65_HS1-834228961_62-HQ-83894_Serial_130
Agency: FBI
Page 41
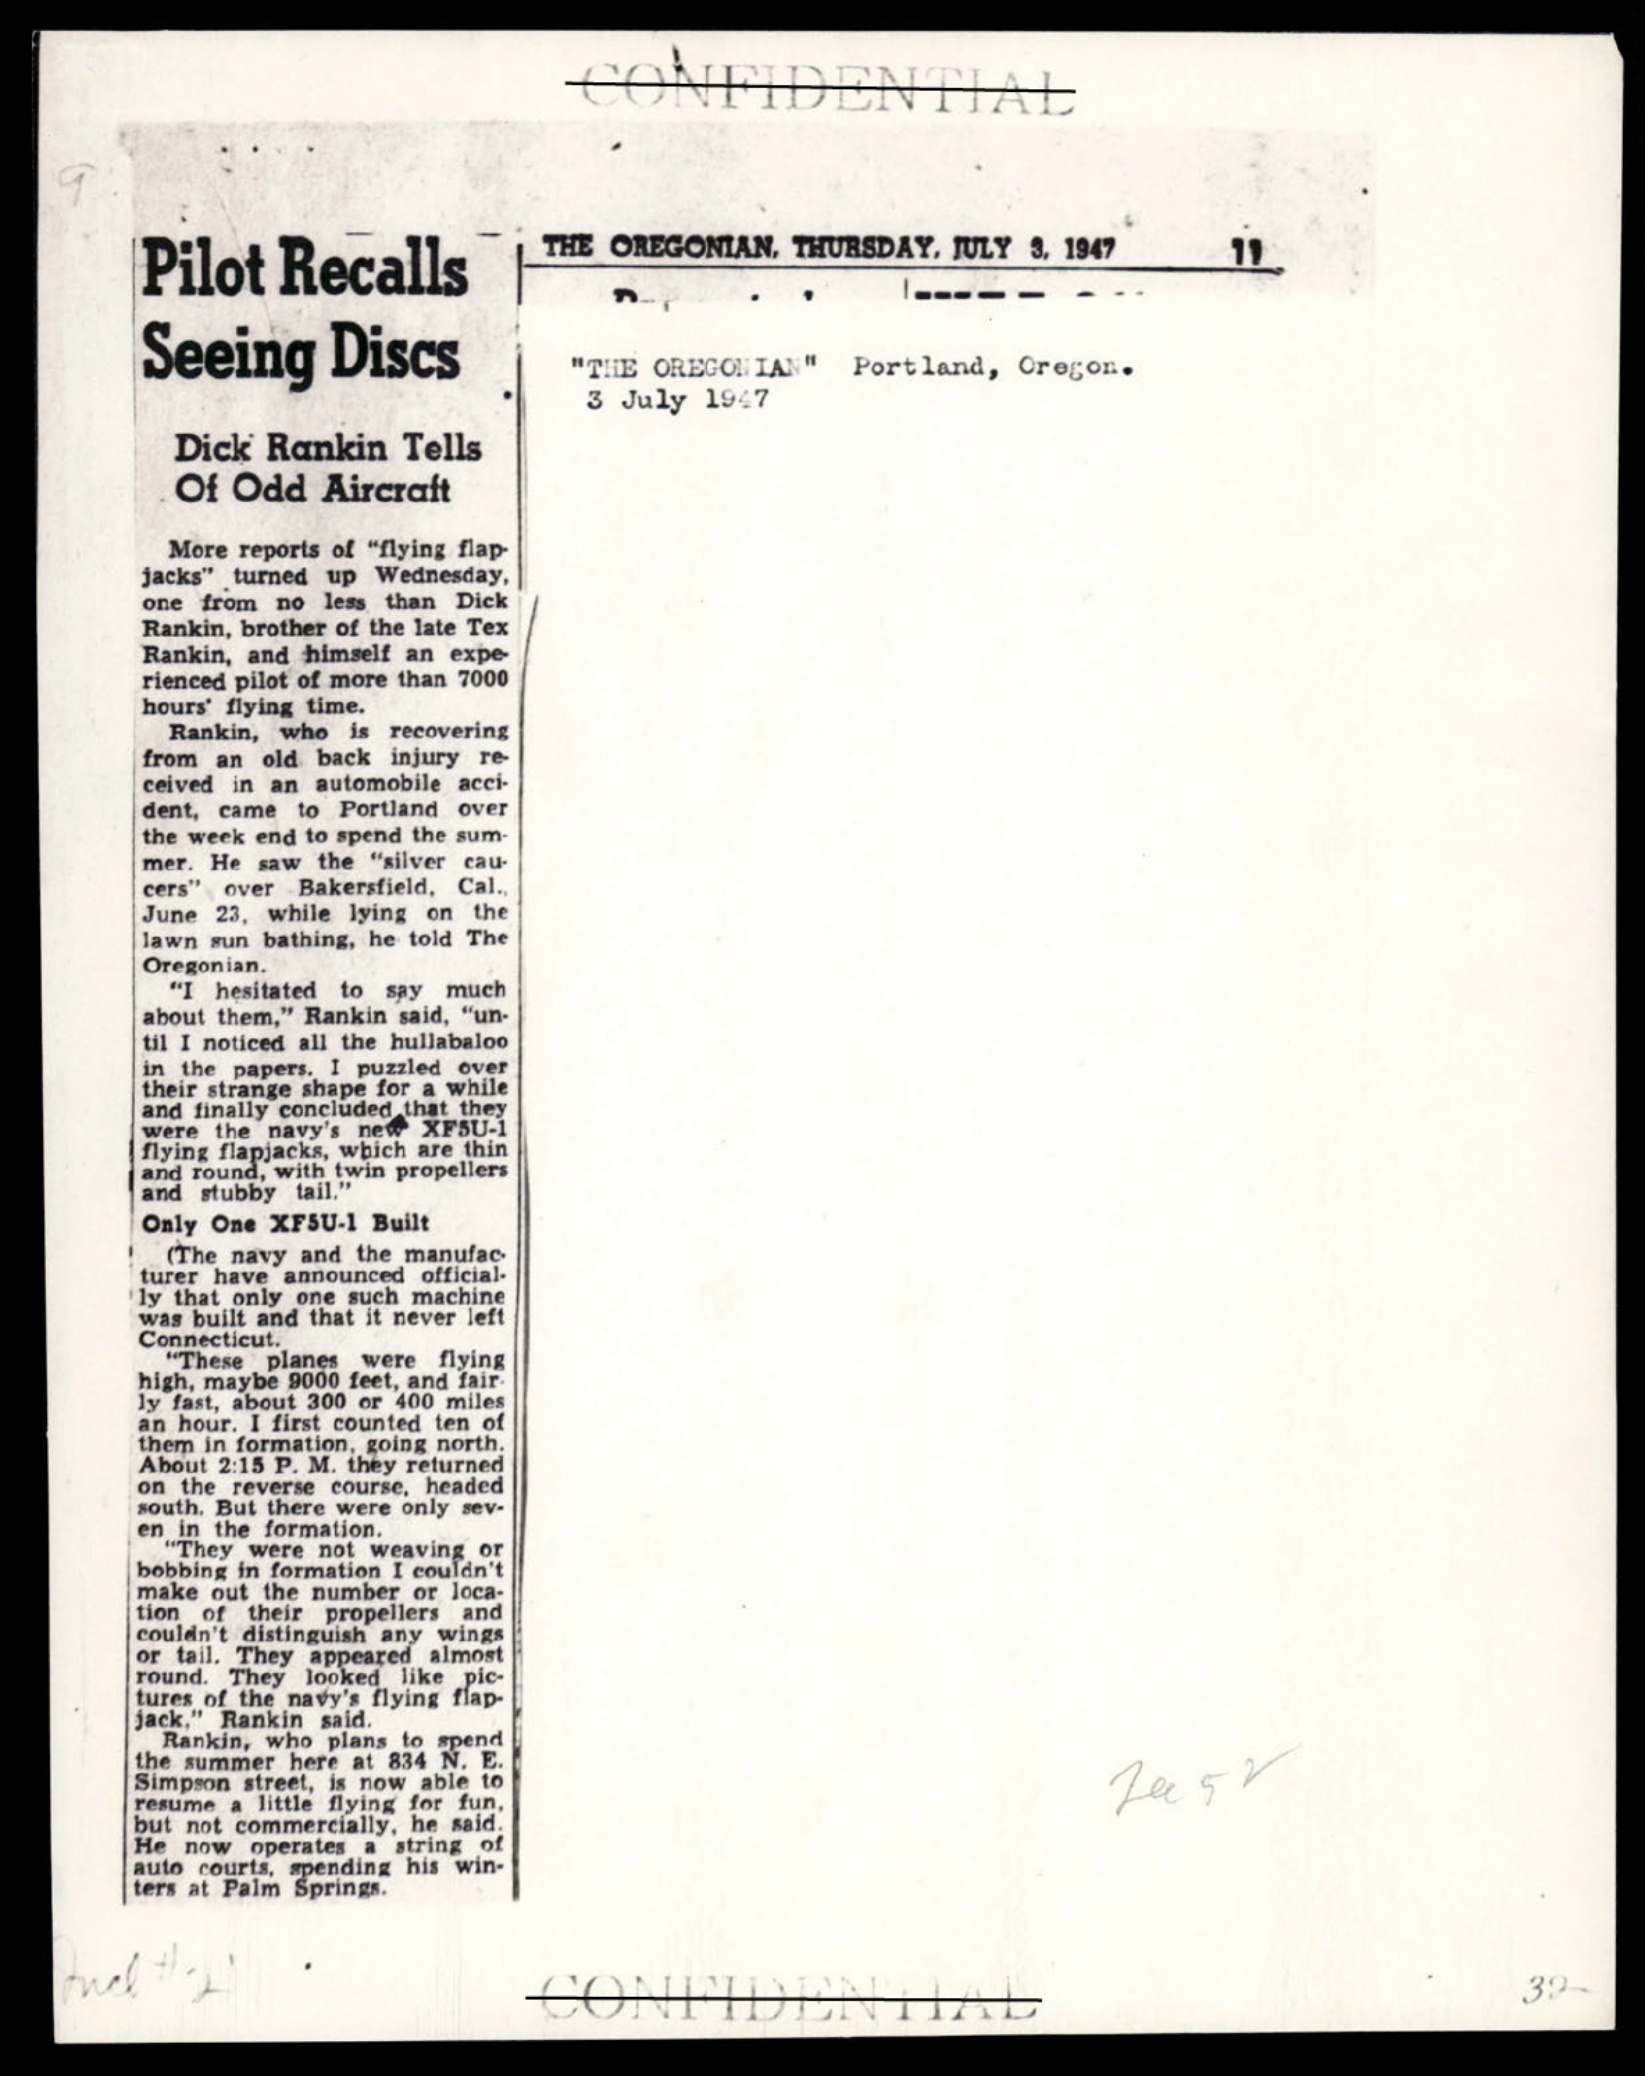